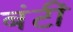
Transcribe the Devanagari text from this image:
बंटीं